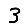
Digit: 3